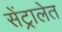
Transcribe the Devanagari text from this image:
सेंट्रालेत